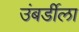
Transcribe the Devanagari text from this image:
उंबर्डीला